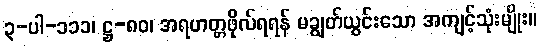
၃-ပါ-၁၁၁၊ ဋ္ဌ-၈၀၊ အရဟတ္တဖိုလ်ရရန် မချွတ်ယွင်းသော အကျင့်သုံးမျိုး။